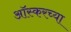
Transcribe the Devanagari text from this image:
आॅस्करच्या